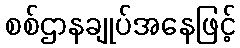
စစ်ဌာနချုပ်အနေဖြင့်